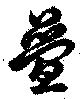
疊